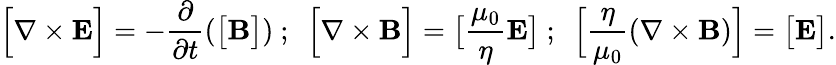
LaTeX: {\Big[}\nabla\times{\mathbf E}{\Big]}=-\frac{\partial}{\partial t}\left({\big[}{\mathbf B}{\big]}\right)~;~~{\Big[}\nabla\times{\mathbf B}{\Big]}={\big[}\frac{\mu_{0}}{\eta}{\mathbf E}{\big]}~;~~{\Big[}\frac{\eta}{\mu_{0}}(\nabla\times{\mathbf B}){\Big]}={\big[}{\mathbf E}{\big]}.